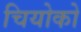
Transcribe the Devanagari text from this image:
चियोको